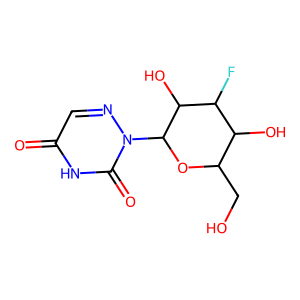
SMILES: O=c1cnn(C2OC(CO)C(O)C(F)C2O)c(=O)[nH]1
Inhibits HIV replication: No